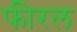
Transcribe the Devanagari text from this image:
फीरल